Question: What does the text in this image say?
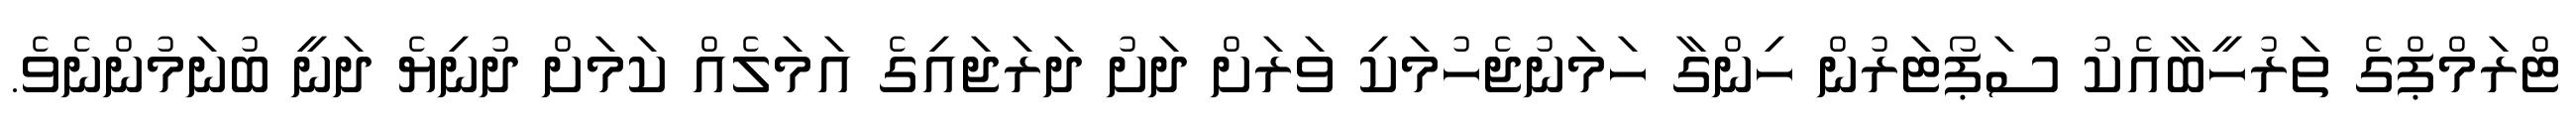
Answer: ޓްރަމްޕްގެ ތަރުހީބާއެކު ސަޕޯޓަރުން ހިންގާ ހަމަނުޖެހުމަކި ވަރަށް ދަށު ދަރަޖައިގެ އަމަލެއް ކަމަށް ދުނިޔެ ދަނީ ބުނަމުންނެވެ.